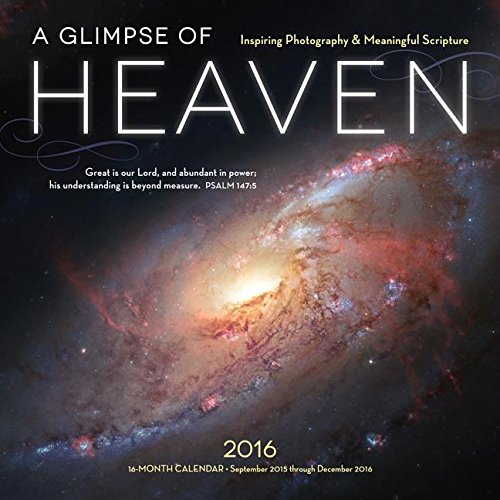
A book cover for A Glimpse of Heaven 2016: Biblical Words of Inspiration and Images from the Hubble Telescope; Editors of Rock Point; Calendars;